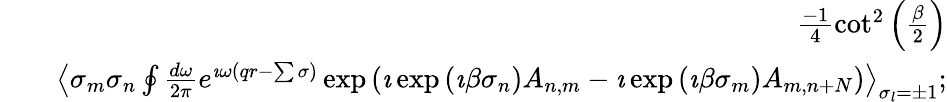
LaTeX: \begin{array}{rlr}&{}&{\frac{-1}{4}\cot^{2}\left(\frac{\beta}{2}\right)}\\ &{}&{\left\langle\sigma_{m}\sigma_{n}\oint\frac{d\omega}{2\pi}e^{\imath\omega\left(qr-\sum\sigma\right)}\exp\left(\imath\exp\left(\imath\beta\sigma_{n}\right)A_{n,m}-\imath\exp\left(\imath\beta\sigma_{m}\right)A_{m,n+N}\right)\right\rangle_{\sigma_{l}=\pm 1};}\end{array}